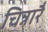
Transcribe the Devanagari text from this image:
चिन्नारै